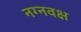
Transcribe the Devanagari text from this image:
नग्नवक्ष